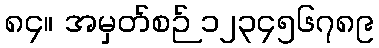
၈၄။ အမှတ်စဉ် ၁၂၃၄၅၆၇၈၉